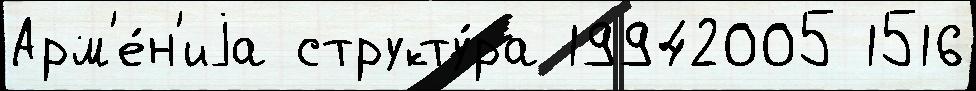
Арм'е́н'иjа структу́ра 19942005 1516